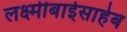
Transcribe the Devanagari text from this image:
लक्ष्मीबाईसाहेब